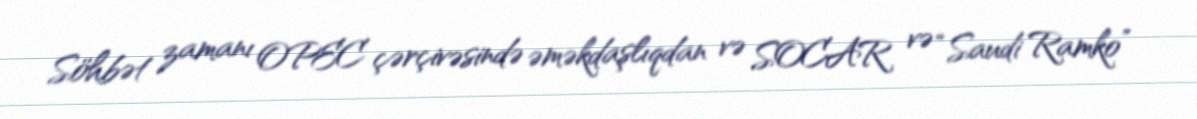
Söhbət zamanı OPEC çərçivəsində əməkdaşlıqdan və SOCAR və “Saudi Ramko”